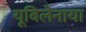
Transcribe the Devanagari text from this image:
यूबिलेनाया